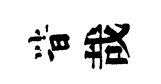
𣅜哉